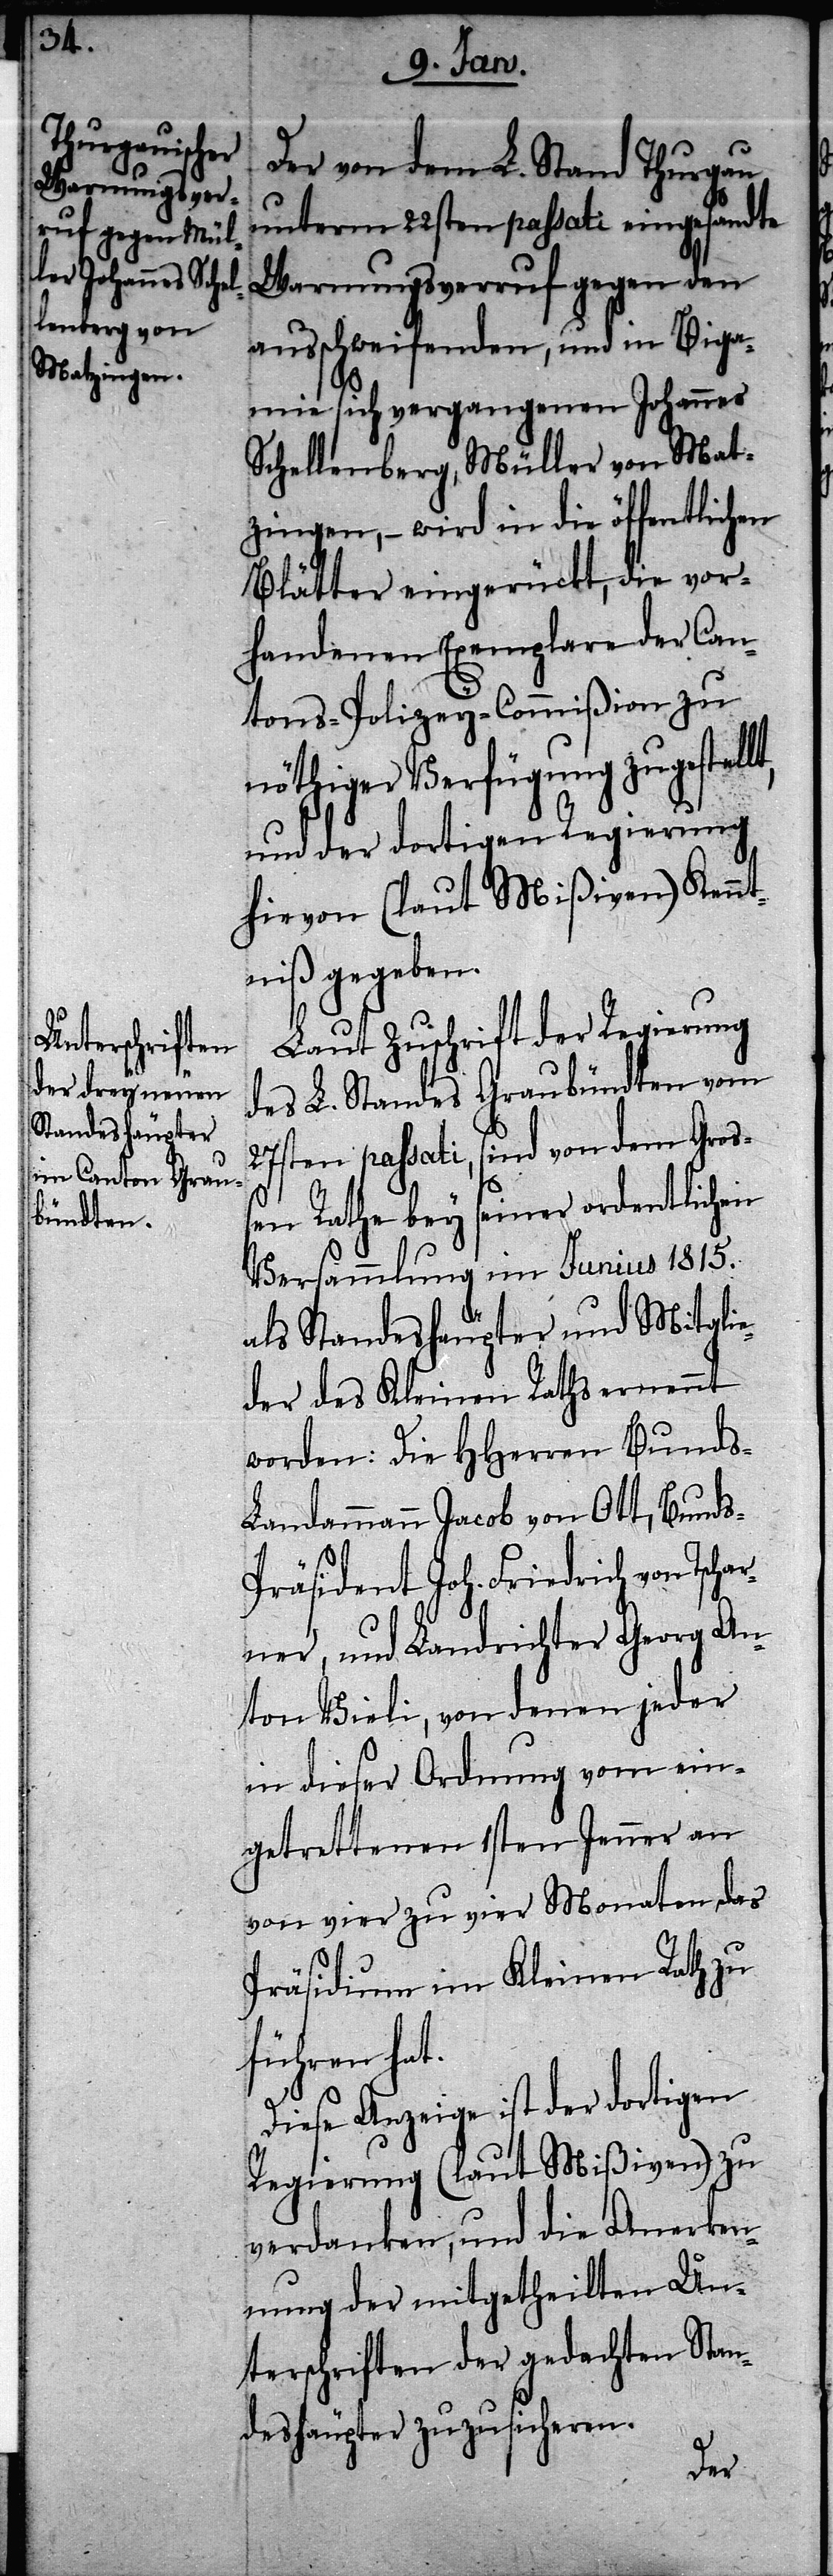
Der von dem L. Stand Thurgau
unterm 22sten passati eingesandte
Warnungsverruf gegen den
ausschweifenden, und in Biga¬
mie sich vergangenen Johannes
Schellenberg, Müller von Mat¬
zingen, – wird in die öffentlichen
Blätter eingerückt, die vor¬
handenen Exemplare der Can¬
tons-Polizey-Commißion zu
nöthiger Verfügung zugestellt,
und der dortigen Regierung
hievon (laut Mißiven) Kennt¬
niß gegeben.
Laut Zuschrift der Regierung
des L. Standes Graubündten vom
27sten passati, sind von dem Groß¬
en Rathe bey seiner ordentlichen
Versammlung im Junius 1815.
als Standeshäupter und Mitglie¬
der des Kleinen Raths ernennt
worden: Die HHerren Bund¬
s-Landammann Jacob von Ott, Bund¬
s-Präsident Joh. Friedrich von Tsch¬
arner, und Landrichter Georg An¬
ton Bieli, von denen jeder
in dieser Ordnung vom ein¬
getrettenen 1sten Jenner an
von vier zu vier Monaten das
Präsidium im Kleinen Rath zu
führen hat.
Diese Anzeige ist der dortigen
Regierung (laut Mißiven) zu
verdanken, und die Anerken¬
nung der mitgetheilten Un¬
terschriften der gedachten Stan¬
deshäupter zuzusicheren.